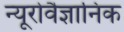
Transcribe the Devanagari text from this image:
न्यूरोवैज्ञानिक